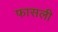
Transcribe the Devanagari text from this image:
फासली